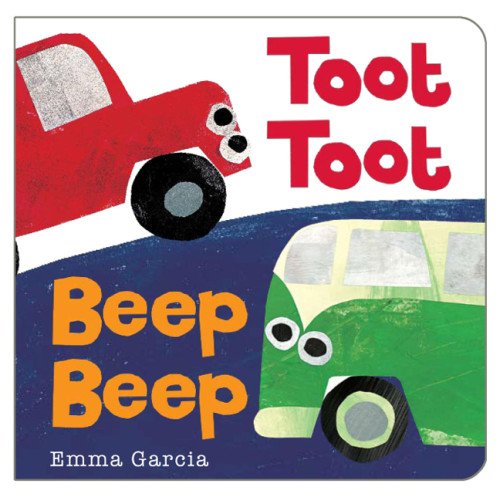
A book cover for Toot Toot Beep Beep; Emma Garcia; Children's Books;